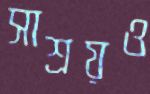
সাশ্রয়ও